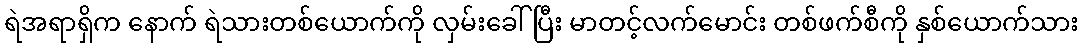
ရဲအရာရှိက နောက် ရဲသားတစ်ယောက်ကို လှမ်းခေါ်ပြီး မာတင့်လက်မောင်း တစ်ဖက်စီကို နှစ်ယောက်သား